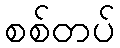
စစ်တပ်